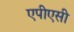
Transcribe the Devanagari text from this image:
एपीएसी